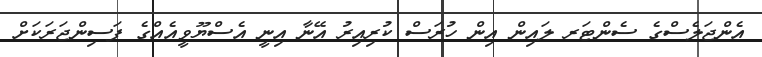
އެންޖަލެސްގެ ސެންޓަރ ލައިން އިން ހުރަސް ކުރިއިރު އޭނާ އިނީ އެސްޔޫވީއެއްގެ ފަސިންޖަރަކަށް